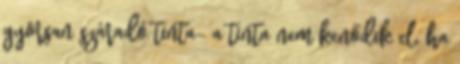
gyorsan száradó tinta- a tinta nem kenődik el, ha